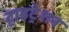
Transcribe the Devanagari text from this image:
ट्राइट्रेशन